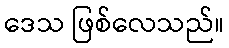
ဒေသ ဖြစ်လေသည်။